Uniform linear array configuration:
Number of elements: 12
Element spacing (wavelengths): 0.25
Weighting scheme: exponential
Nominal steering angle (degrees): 45
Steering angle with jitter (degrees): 44.861
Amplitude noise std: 0.05
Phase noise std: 0.05

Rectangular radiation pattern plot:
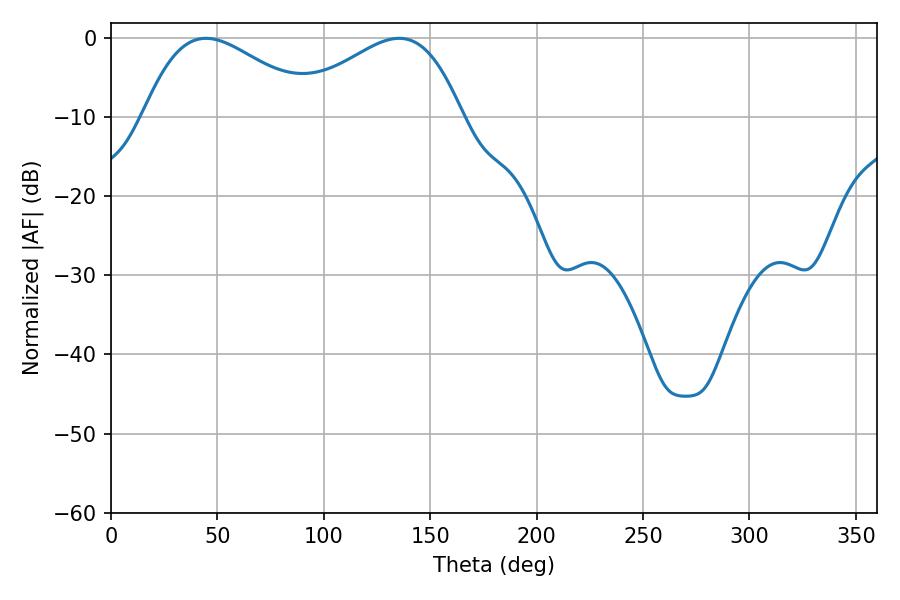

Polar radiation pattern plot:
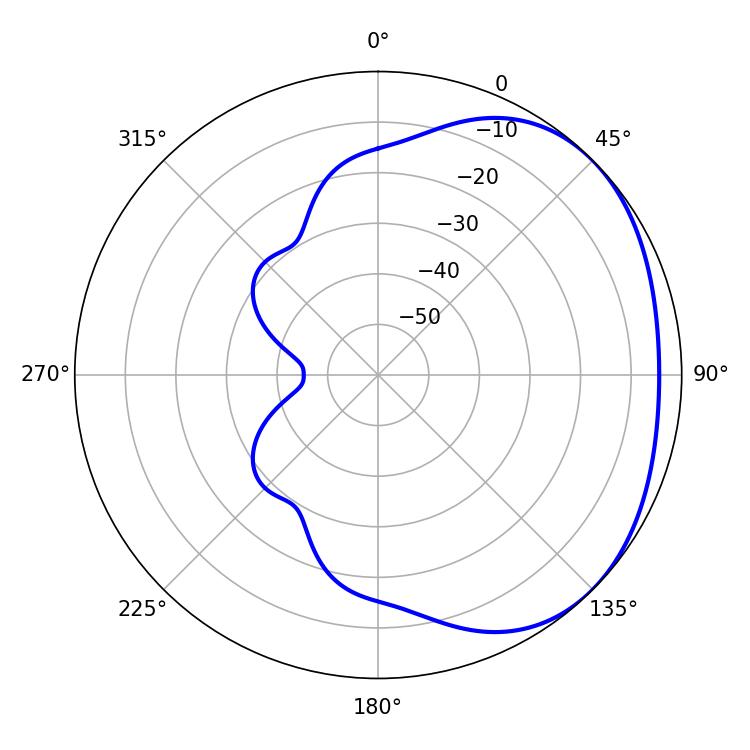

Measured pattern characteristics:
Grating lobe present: FALSE
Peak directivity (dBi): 2.234
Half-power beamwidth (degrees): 43.56
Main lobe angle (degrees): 44.64